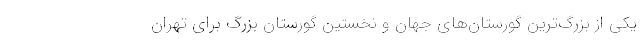
یکی از بزرگ‌ترین گورستان‌های جهان و نخستین گورستان بزرگ برای تهران